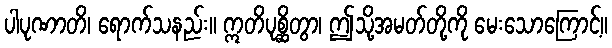
ပါပုဏာတိ၊ ရောက်သနည်း။ ဣတိပုစ္ဆိတွာ၊ ဤသို့အမတ်တို့ကို မေးသောကြောင့်။